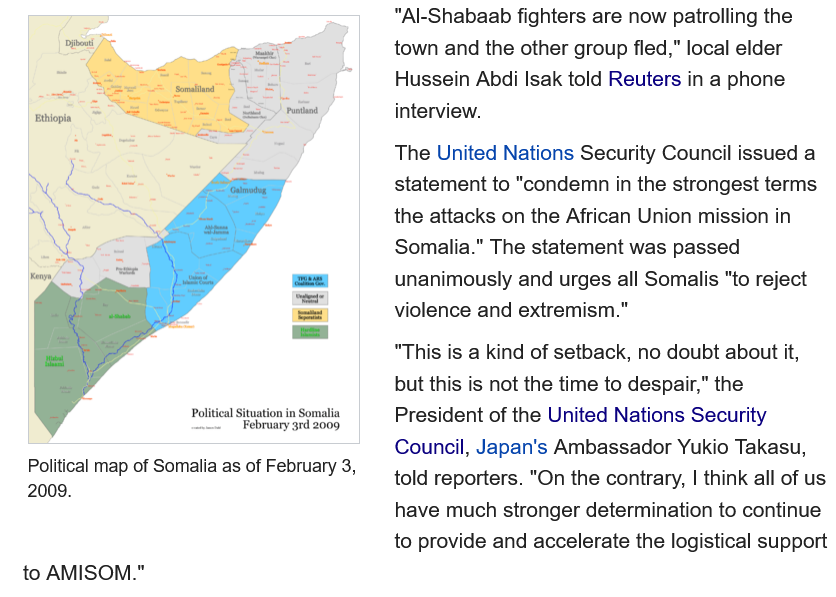
"Al-Shabaab fighters are now patrolling the
     town and the other group fled,” local elder
     Hussein Abdi Isak told Reuters in a phone
     interview.
     The United Nations Security Council issued a
     statement to "condemn in the strongest terms
     the attacks on the African Union mission in
     Somalia." The statement was passed
     unanimously and urges all Somalis "to reject
     violence and extremism."
     "This is a kind of setback, no doubt about it,
     but this is not the time to despair," the
     President of the United Nations Security
     Council, Japan's Ambassador Yukio Takasu,
     told reporters. "On the contrary, | think all of us
     have much stronger determination to continue
     to provide and accelerate the logistical support
   to AMISOM.”
   Political map of Somalia as of February 3,
   2009.

     Political Situation in Somalia
     February grd 2009)